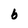
Character: b